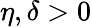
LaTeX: \eta,\delta>0